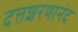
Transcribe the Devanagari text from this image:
दत्तशरणानंद